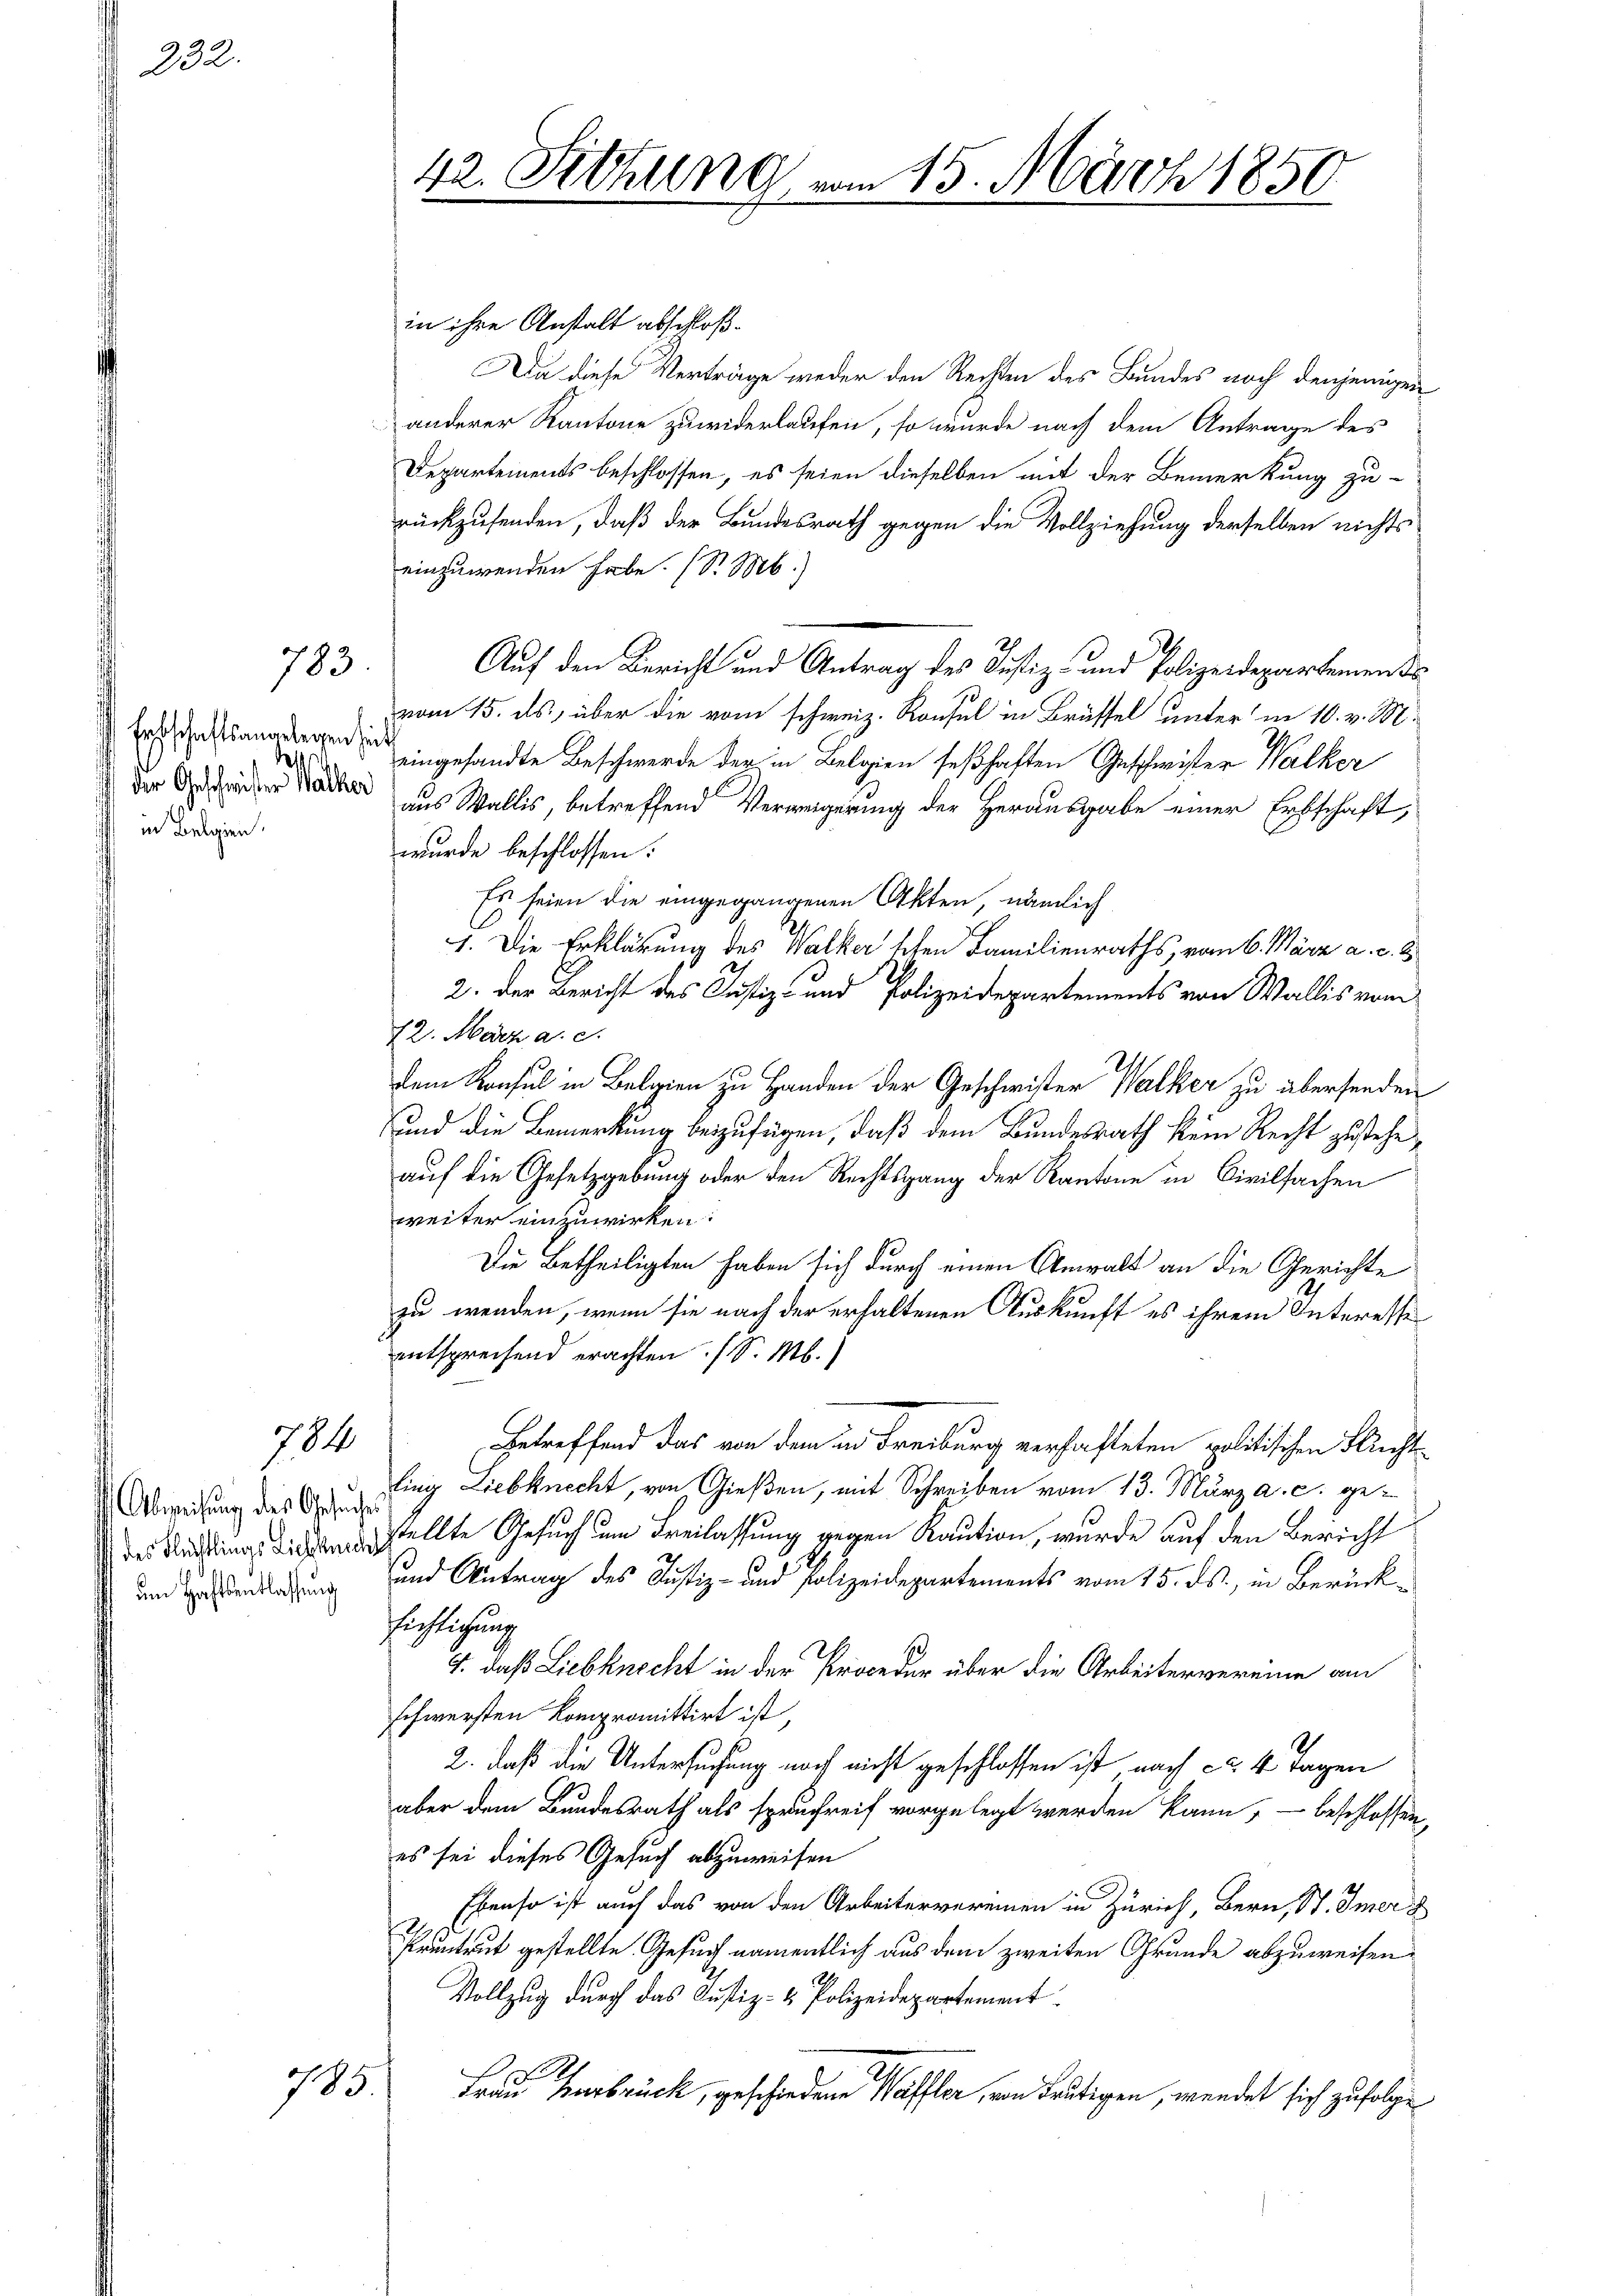
232.

783.

Erbschaftsangelegen heit
deste
 der Geschwister Walker
in Belgien.

784

Abweisung des Gesuches
des Flüchtlings Liebekunde
um Haftsentlassung

785

42. Sitzung

in ihre Anstalt abschloß¬
Da diese Verträge weder den Rechten des Bundes noch denjenigen
anderer Kantone zuwiderlaufen, so wurde nach dem Antrage des
Departements beschlossen, es seien dieselben mit der Bemerkung zu-
rückzusenden, daß der Bundesrath gegen die Vollziehung derselben nichts
einzuwenden habe. (S. M.)
Auf den Bericht und Antrag des Justiz- und Polizeidepartemen d
vom 15. ds., über die vom schweiz. Konsul in Brüssel unter in 10. v. M.
eingesandte Beschwerde der in Belgien seßhaften Geschwister Walker
aus Wallis, betreffend Verweigerung der Herausgabe einer Erbschaft,
wurde beschlossen:
Es seien die eingegangenen Akten, nämlich
1. Die Erklärung des Walker schen Familienraths, vom 6. März a. c. 8
2. Der Bericht des Justiz- und Polizeidepartements von Wallis vom
12. März a. c.
dem Konsul in Belaien zu Handen der Geschwister Walker zu übersenden
und die Bemerkung beizufügen, daß dem Bundesrath kein Recht zusteheauf die Gesetzgebung oder den Rechtsgang der Kantone in Civilsachen
weiter einzuwirken:
Die Betheiligten haben sich durch einen Anwalt an die Gerichte
zu wenden, wenn sie nach der erhaltenen Auskunft es ihrem Interesse
entsprechend erachten (S. M.)
Getreffend das von dem in Freiburg verhafteten politischen Flechtling Liebknecht, von Gießen, mit Schreiben vom 13. März a. c. gestellte Gesuch um Freilassung gegen Kaution, wurde auf den Bericht
und Antrag des Justiz- und Polizeidepartements vom 15. ds., in Berücksichtlichung
69.
4. daß Liebknecht in der Procedur über die Arbeitervereine am
schwersten Kompromittirt ist,
2. daß die Untersuchung noch nicht geschlossen ist nach ca 4 Tagen
aber dem Bundesrath als spruchreif vorgelegt werden kann, - beschlossen,
es sei dieses Gesuch abzuweisen
Ebenso ist auch das von den Arbeitervereinen in Zürich, Bern, St. Immer
Pruntrut gestellte. Gesuch namentlich aus dem zweiten Grunde abzuweisen.
Vollzug durch das Justiz- & Polizeidepartement
S
Frau Verbrück, geschiedene Waffler, von deutigen, wendet sich zufolge

am 15. März 1850.